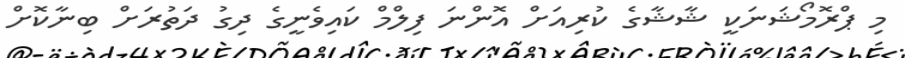
މި ޕްރޮމޯޝަނަކީ ޝާޝާގެ ކުރިއަށް އޮންނަ ފިލްމް ކައިވެނީގެ ދިގު ދަތުރަށް ބިނާކޮށް